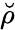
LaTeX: \breve{\rho}